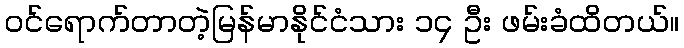
ဝင်ရောက်တာတဲ့မြန်မာနိုင်ငံသား ၁၄ ဦး ဖမ်းခံထိတယ်။